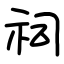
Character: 祠